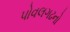
પોવલગઢનો